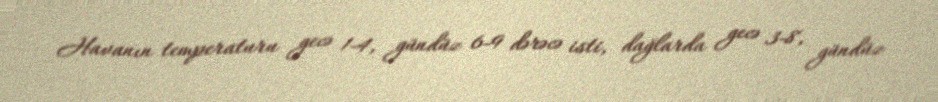
Havanın temperaturu gecə 1-4, gündüz 6-9 dərəcə isti, dağlarda gecə 3-8, gündüz